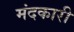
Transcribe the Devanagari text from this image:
मंदकारी